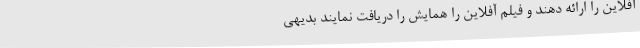
آفلاین را ارائه دهند و فیلم آفلاین را همایش را دریافت نمایند بدیهی